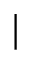
|